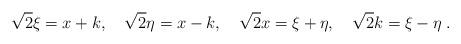
LaTeX: \begin{align*}\sqrt{2}\xi =x+k,\quad \sqrt{2}\eta =x-k,\quad \sqrt{2}x=\xi +\eta ,\quad \sqrt{2}k=\xi -\eta \;. \end{align*}